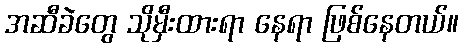
အဆီခဲတွေ သိုမှီးထားရာ နေရာ ဖြစ်နေတယ်။